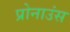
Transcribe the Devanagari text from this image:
प्रोनाउंस